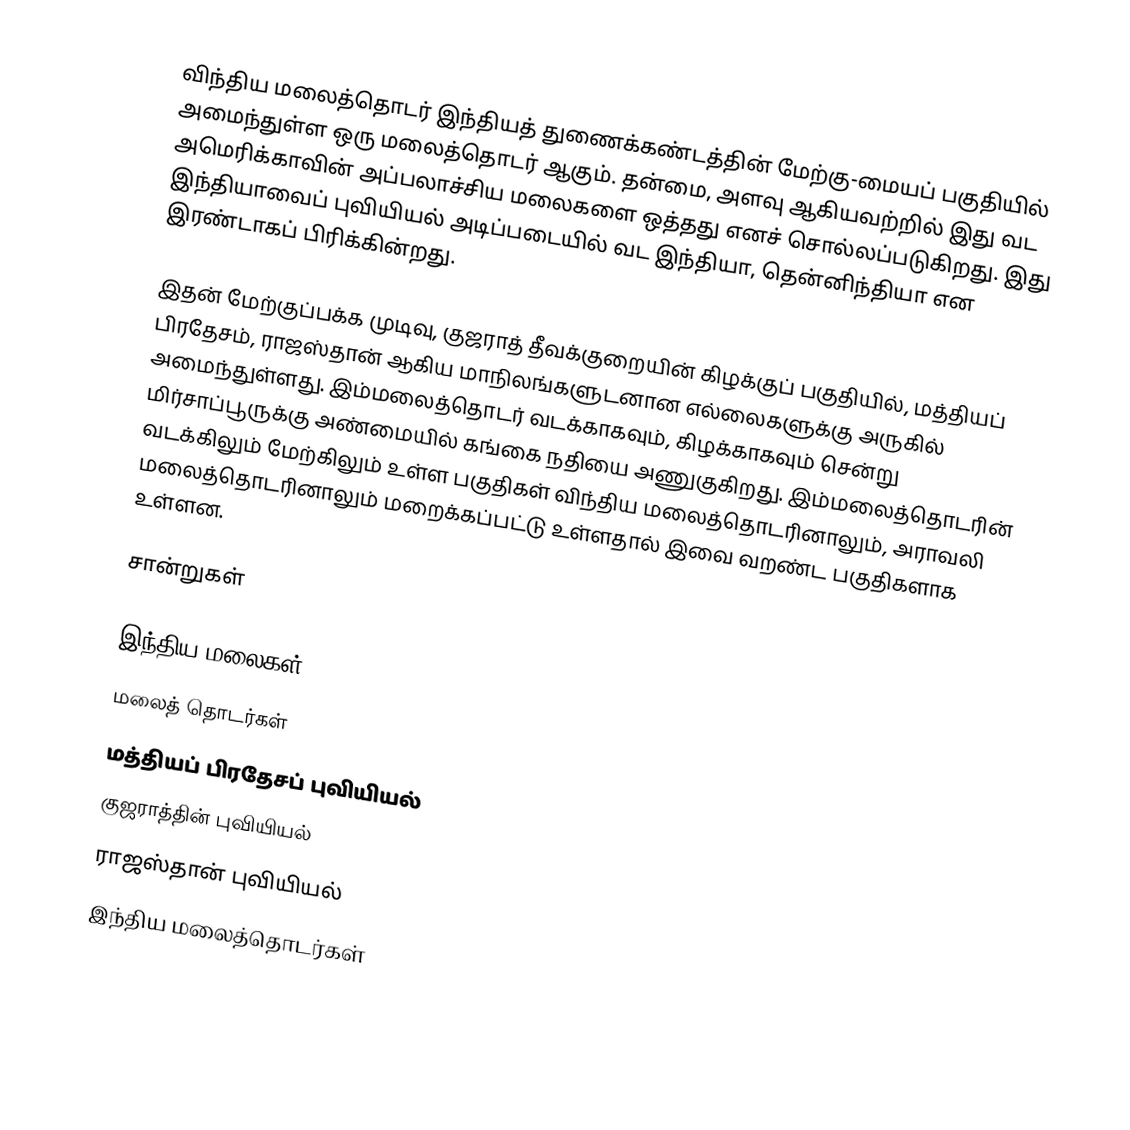
விந்திய மலைத்தொடர் இந்தியத் துணைக்கண்டத்தின் மேற்கு-மையப் பகுதியில் அமைந்துள்ள ஒரு மலைத்தொடர் ஆகும். தன்மை, அளவு ஆகியவற்றில் இது வட அமெரிக்காவின் அப்பலாச்சிய மலைகளை ஒத்தது எனச் சொல்லப்படுகிறது. இது இந்தியாவைப் புவியியல் அடிப்படையில் வட இந்தியா, தென்னிந்தியா என இரண்டாகப் பிரிக்கின்றது.

இதன் மேற்குப்பக்க முடிவு, குஜராத் தீவக்குறையின் கிழக்குப் பகுதியில், மத்தியப் பிரதேசம், ராஜஸ்தான் ஆகிய மாநிலங்களுடனான எல்லைகளுக்கு அருகில் அமைந்துள்ளது. இம்மலைத்தொடர் வடக்காகவும், கிழக்காகவும் சென்று மிர்சாப்பூருக்கு அண்மையில் கங்கை நதியை அணுகுகிறது. இம்மலைத்தொடரின் வடக்கிலும் மேற்கிலும் உள்ள பகுதிகள் விந்திய மலைத்தொடரினாலும், அராவலி மலைத்தொடரினாலும் மறைக்கப்பட்டு உள்ளதால் இவை வறண்ட பகுதிகளாக உள்ளன.

சான்றுகள்

இந்திய மலைகள்
மலைத் தொடர்கள்
மத்தியப் பிரதேசப் புவியியல்
குஜராத்தின் புவியியல்
ராஜஸ்தான் புவியியல்
இந்திய மலைத்தொடர்கள்